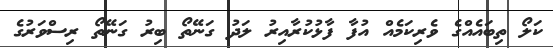
ކަލޯ ތިބައެއްގެ ވެރިކަމެއް އުފާ ފާޅުކުރާއިރު ލަދު ގަނޭތޯ ބިރު ގަނޭތޯ ރިސްވަރުގެ